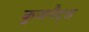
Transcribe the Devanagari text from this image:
कुजनैट्स